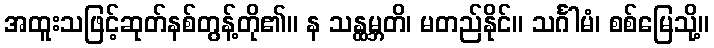
အထူးသဖြင့်ဆုတ်နစ်တွန့်တို၏။ န သန္ထမ္ဘတိ၊ မတည်နိုင်။ သင်္ဂါမံ၊ စစ်မြေသို့။